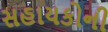
સહાયકોની